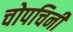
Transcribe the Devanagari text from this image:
चोपचिनी